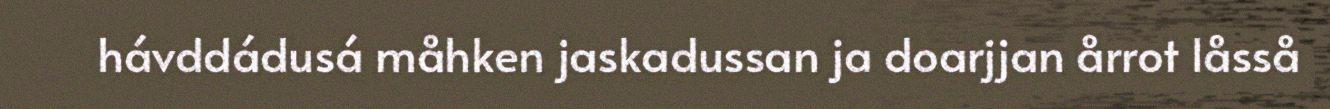
hávddádusá måhken jaskadussan ja doarjjan årrot låsså